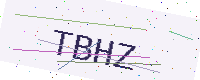
Text: TBHZ